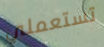
تستعملي